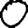
Digit: 0